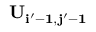
\bf { U } _ { i ^ { \prime } - 1 , j ^ { \prime } - 1 }